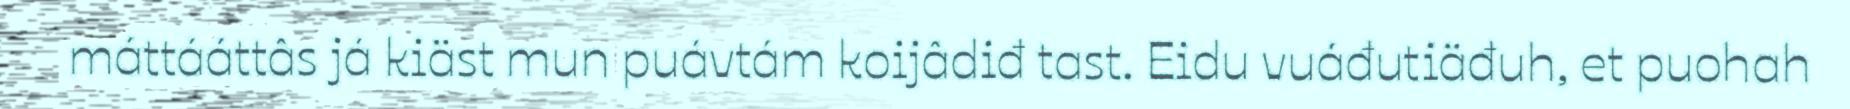
máttááttâs já kiäst mun puávtám koijâdiđ tast. Eidu vuáđutiäđuh, et puohah